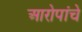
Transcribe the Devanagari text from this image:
आरोपांचे